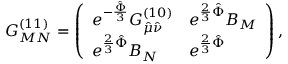
G _ { M N } ^ { ( 1 1 ) } = \left( \begin{array} { l l } { { e ^ { - { \frac { \hat { \Phi } } { 3 } } } G _ { \hat { \mu } \hat { \nu } } ^ { ( 1 0 ) } } } & { { e ^ { { \frac { 2 } { 3 } } \hat { \Phi } } B _ { M } } } \\ { { e ^ { { \frac { 2 } { 3 } } \hat { \Phi } } B _ { N } } } & { { e ^ { { \frac { 2 } { 3 } } \hat { \Phi } } } } \end{array} \right) ,